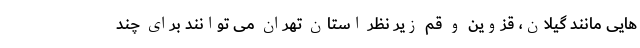
هایی مانند گیلان، قزوین و قم زیر نظر استان تهران می توانند برای چند